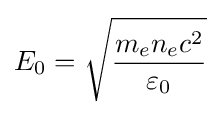
E_{0}={\sqrt {\frac {m_{e}n_{e}c^{2}}{\varepsilon _{0}}}}